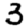
Digit: 3